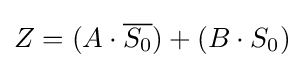
Z=(A\cdot {\overline {S_{0}}})+(B\cdot S_{0})